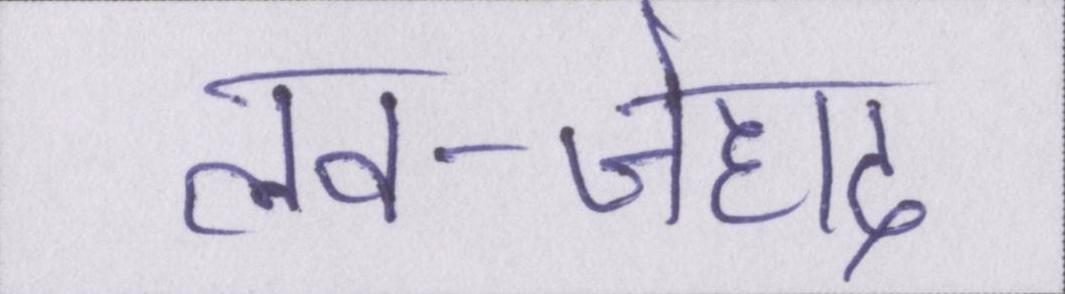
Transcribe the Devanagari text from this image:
लव-जेहाद